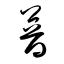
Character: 普